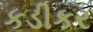
કડીકર